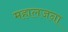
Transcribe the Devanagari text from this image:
महालजना